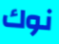
نوك